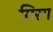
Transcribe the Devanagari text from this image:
मिरग